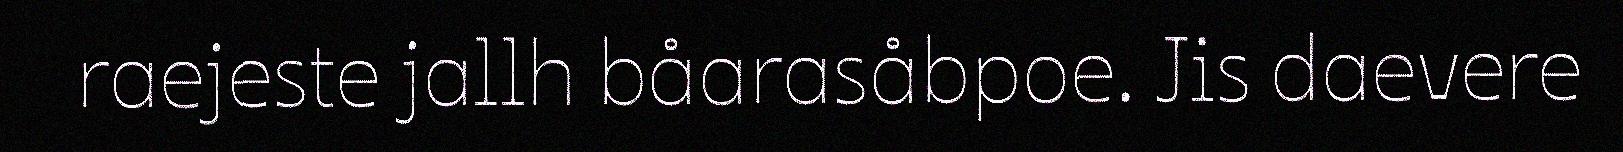
raejeste jallh båarasåbpoe. Jis daevere